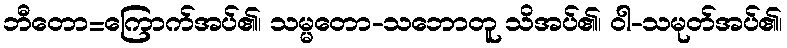
ဘီတော=ကြောက်အပ်၏၊ သမ္မတော-သဘောတူ သိအပ်၏၊ ဝါ-သမုတ်အပ်၏၊